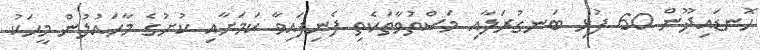
ހޮނޑައިދޫން 60 ފުޅި ބަނގުރަލާއި މަސްތުވާތަކެތި ފެނިފައިވާ ކަމަށާއި ކުށުގެ މާހައުލުން މީހަކު